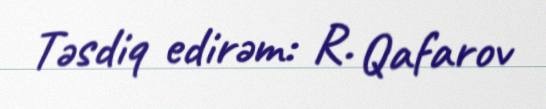
Təsdiq edirəm: R. Qafarov